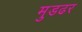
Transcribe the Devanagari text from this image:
मुडढर